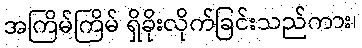
အကြိမ်ကြိမ် ရှိခိုးလိုက်ခြင်းသည်ကား၊